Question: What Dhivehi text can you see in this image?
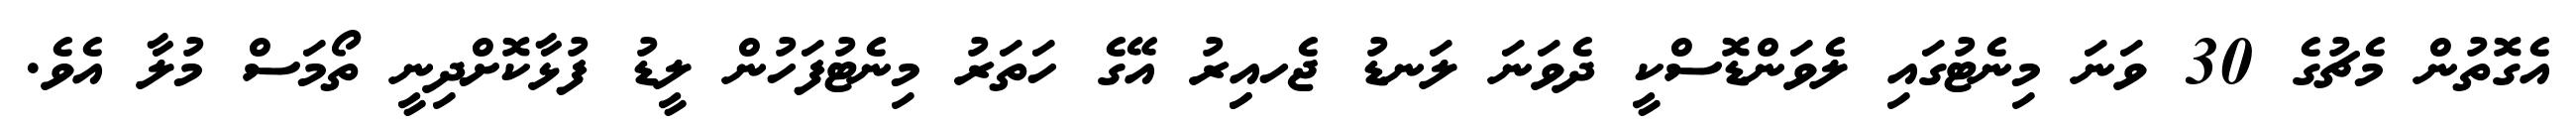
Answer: އެގޮތުން މެޗުގެ 30 ވަނަ މިނެޓުގައި ލެވަންޑޮސްކީ ދެވަނަ ލަނޑު ޖެހއިިރު އޭގެ ހަތަރު މިނެޓުފަހުން ލީޑު ފުޅާކޮށްދިނީ ތޯމަސް މުލާ އެވެ.